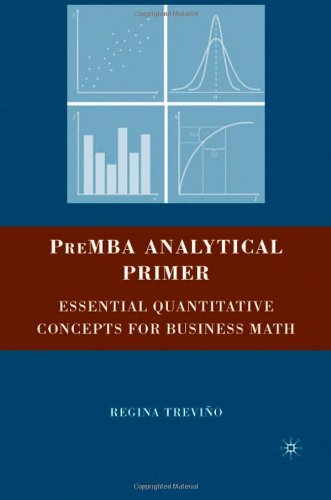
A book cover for PreMBA Analytical Primer: Essential Quantitative Concepts for Business Math; Regina TreviÃ±o; Business & Money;